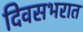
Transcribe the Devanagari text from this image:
दिवसभरात